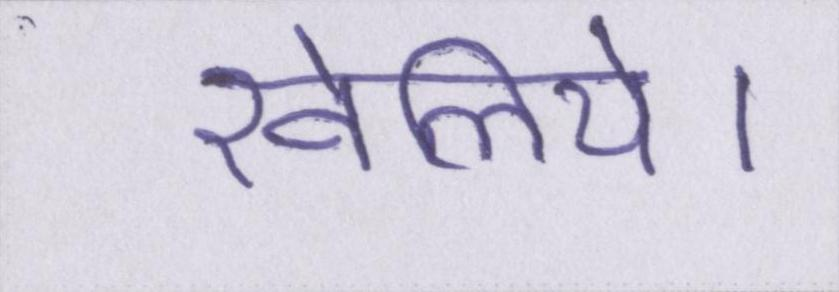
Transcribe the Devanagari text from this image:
खेलिये।